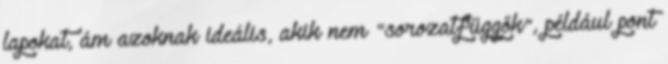
lapokat, ám azoknak ideális, akik nem "sorozatfüggők", például pont